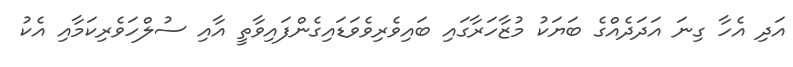
އަދި އެހާ ގިނަ އަދަދެއްގެ ބަޔަކު މުޒާހަރާގައި ބައިވެރިވެވަޑައިގެންފައިވާތީ އާއި ސުލްހަވެރިކަމާއި އެކު